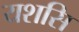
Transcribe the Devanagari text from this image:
यशसि